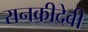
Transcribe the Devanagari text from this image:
रानकीदेवी